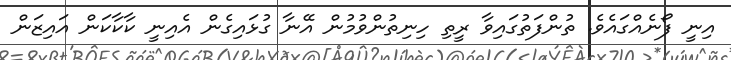
އިނީ ފޯނެއްގައެވެ. ތުންފަތުގައިވާ ރީތި ހިނިތުންވުމުން އޭނާ ގުޅައިގެން އެއިނީ ކާކާކަން އައިޒަން